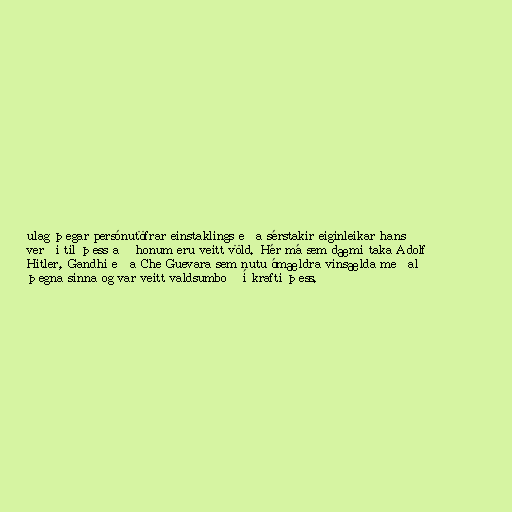
ulag þegar persónutöfrar einstaklings eða sérstakir eiginleikar hans
verði til þess að honum eru veitt völd. Hér má sem dæmi taka Adolf
Hitler, Gandhi eða Che Guevara sem nutu ómældra vinsælda meðal
þegna sinna og var veitt valdsumboð í krafti þess.